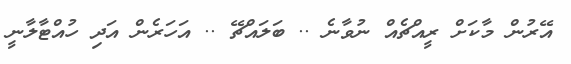
އޭރުން މާކަށް ރީއްޗެއް ނުވާނެ .. ބަލައްޗޭ .. އަހަރެން އަދި ހުއްޓާލާނީ